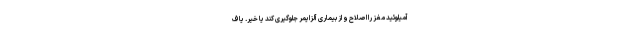
آمیلوئید مغز را اصلاح و از بیماری آلزایمر جلوگیری کند یا خیر. یاف